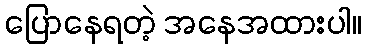
ပြောနေရတဲ့ အနေအထားပါ။